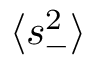
\ensuremath { \langle s _ { - } ^ { 2 } \rangle }